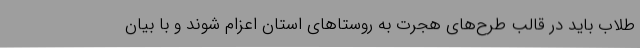
طلاب باید در قالب طرح‌های هجرت به روستاهای استان اعزام شوند و با بیان